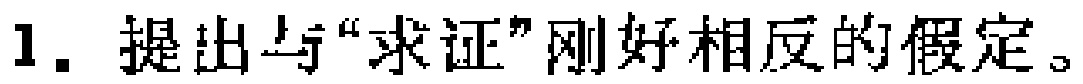
1. 提出与“求证”刚好相反的假定。